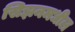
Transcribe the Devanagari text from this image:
सिझनमधील